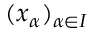
( x _ { \alpha } ) _ { \alpha \in I }